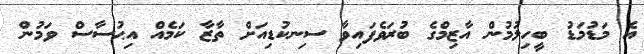
އެ މަޑުމަޑު ބީހިލުމުން އާޒިމްގެ ބުރަވެފައިވާ ސިނކުޑިއަށް ތާޒާ ކަމެއް އިޙުސާސް ވަމުން